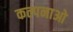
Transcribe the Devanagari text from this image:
कल्पनाओ